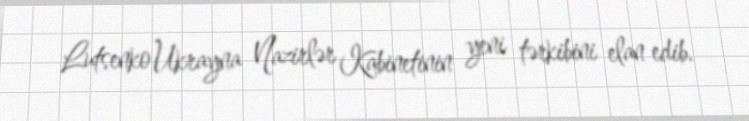
Lutsenko Ukrayna Nazirlər Kabinetinin yeni tərkibini elan edib.